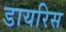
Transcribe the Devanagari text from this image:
डायरिस